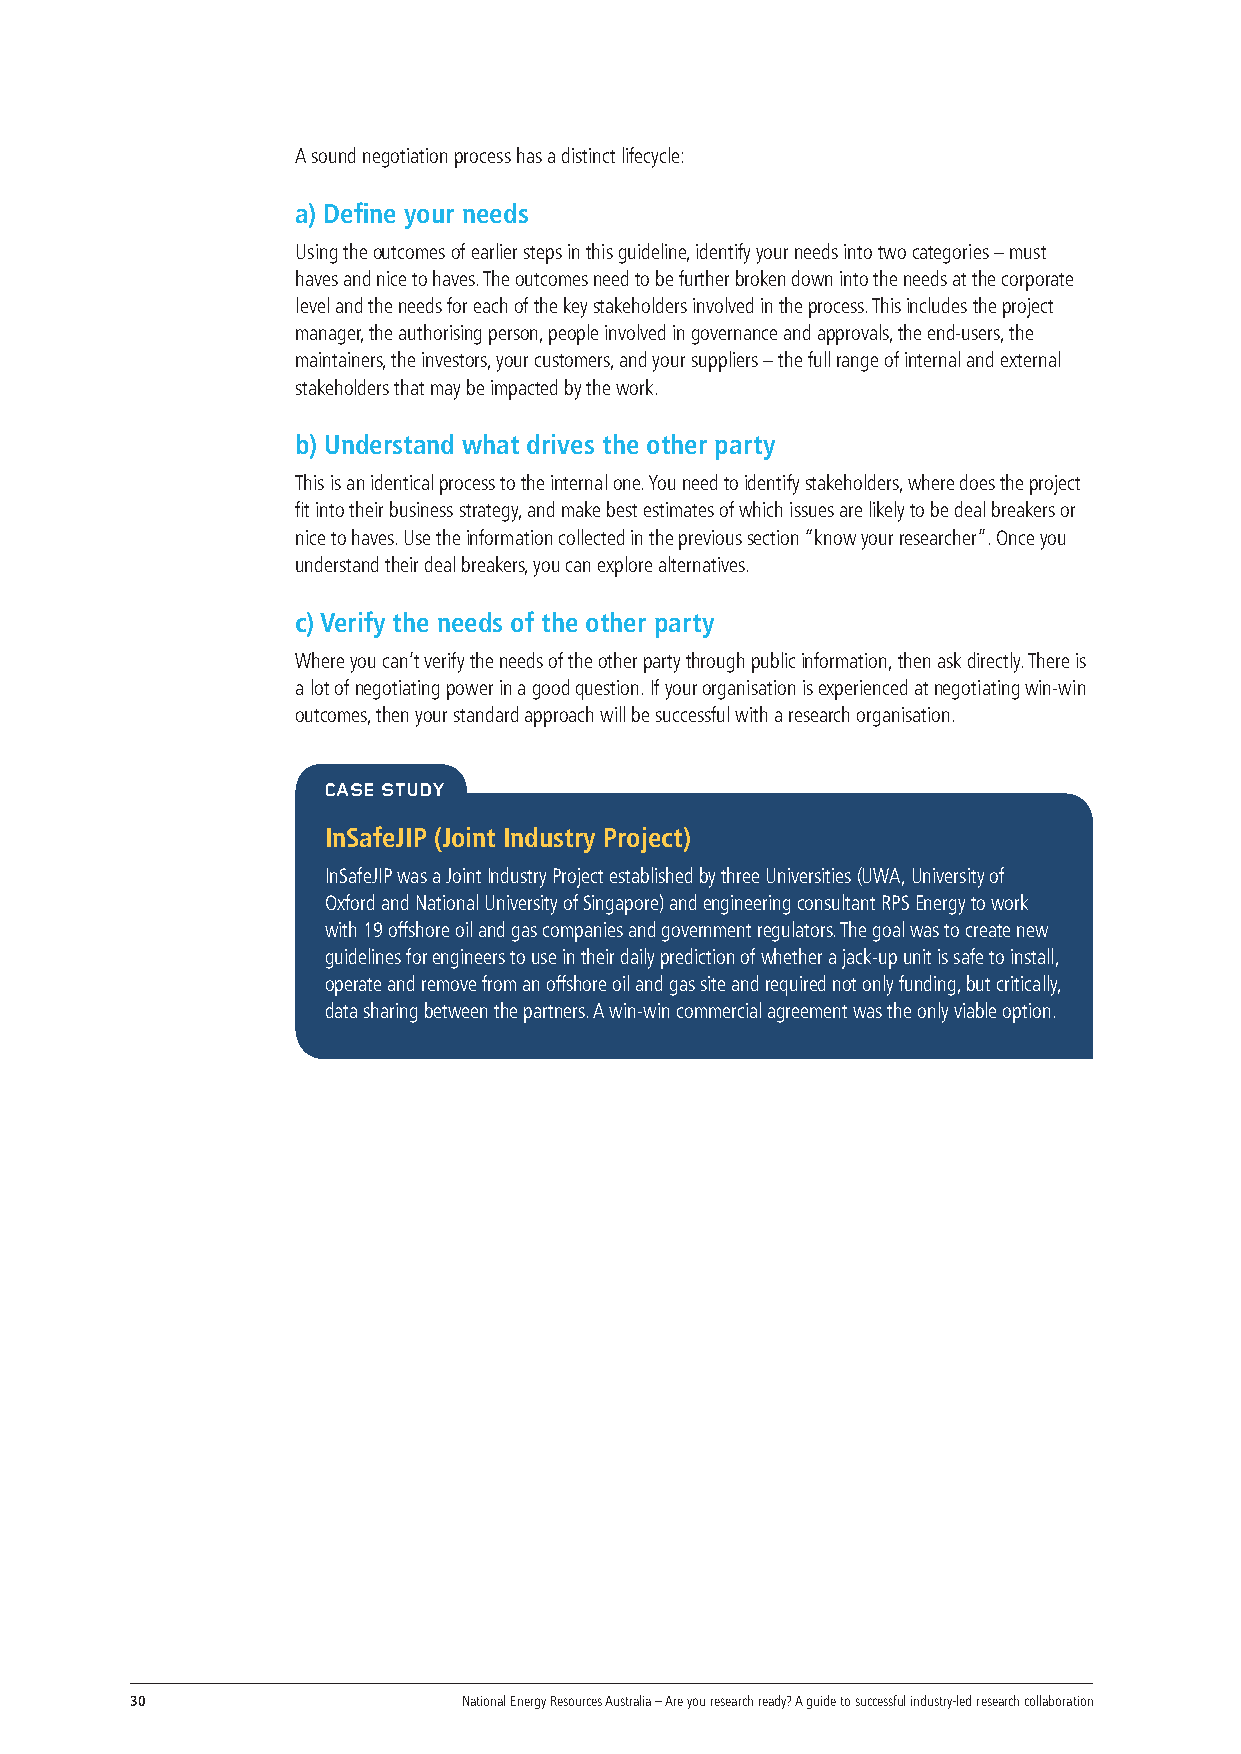
A sound negotiation process has a distinct lifecycle:
 a) Define your needs
 Using the outcomes of earlier steps in this guideline, identify your needs into two categories – must
 haves and nice to haves. The outcomes need to be further broken down into the needs at the corporate
 level and the needs for each of the key stakeholders involved in the process. This includes the project
 manager, the authorising person, people involved in governance and approvals, the end-users, the
 maintainers, the investors, your customers, and your suppliers – the full range of internal and external
 stakeholders that may be impacted by the work.
 b) Understand what drives the other party
 This is an identical process to the internal one. You need to identify stakeholders, where does the project
 fit into their business strategy, and make best estimates of which issues are likely to be deal breakers or
 nice to haves. Use the information collected in the previous section “know your researcher”. Once you
 understand their deal breakers, you can explore alternatives.
 c) Verify the needs of the other party
 Where you can’t verify the needs of the other party through public information, then ask directly. There is
 a lot of negotiating power in a good question. If your organisation is experienced at negotiating win-win
 outcomes, then your standard approach will be successful with a research organisation.
 CASE STUDY
 InSafeJIP (Joint Industry Project)
 InSafeJIP was a Joint Industry Project established by three Universities (UWA, University of
 Oxford and National University of Singapore) and engineering consultant RPS Energy to work
 with 19 offshore oil and gas companies and government regulators. The goal was to create new
 guidelines for engineers to use in their daily prediction of whether a jack-up unit is safe to install,
 operate and remove from an offshore oil and gas site and required not only funding, but critically,
 data sharing between the partners. A win-win commercial agreement was the only viable option.
 30                    National Energy Resources Australia – Are you research ready? A guide to successful industry-led research collaboration